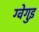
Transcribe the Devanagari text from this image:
ग्वेगुइ